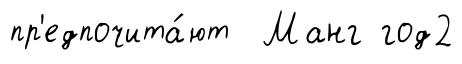
пр'едпочита́ют Манг год2